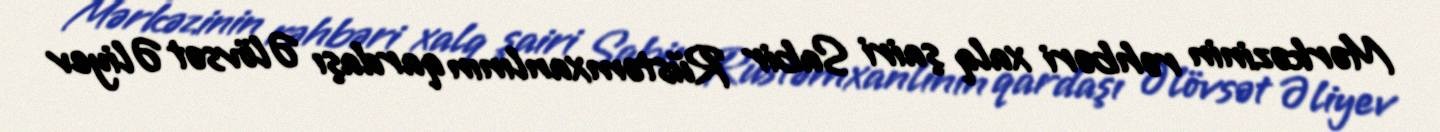
Mərkəzinin rəhbəri xalq şairi Sabir Rüstəmxanlının qardaşı Əlövsət Əliyev